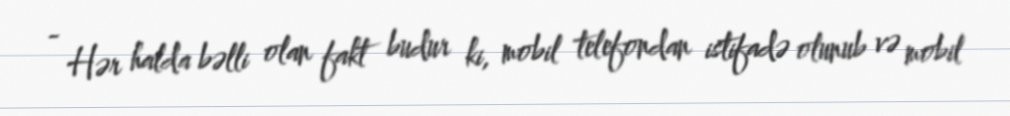
- Hər halda bəlli olan fakt budur ki, mobil telefondan istifadə olunub və mobil